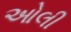
ઓલી